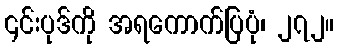
၎င်းပုဒ်ကို အရကောက်ပြပုံ၊ ၂၇၂။